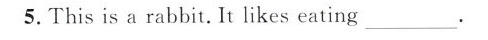
5. This is a rabbit. It likes eating___